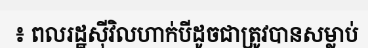
៖ ពលរដ្ឋស៊ីវិលហាក់បីដូចជាត្រូវបានសម្លាប់